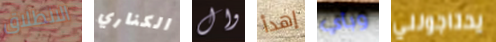
الانطلاق الكناري وال إهدأ وبأي يحتاجونني